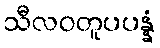
သီလဝတူပပန္နံ